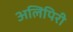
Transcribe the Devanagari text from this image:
अलिपिरी